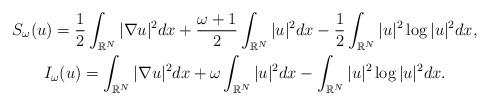
LaTeX: \begin{gather*} S_{\omega}(u)=\frac{1}{2}\int_{\mathbb{R}^N}|\nabla u|^2dx +\frac{\omega+1}{2}\int_{\mathbb{R}^N}|u|^2dx -\frac{1}{2}\int_{\mathbb{R}^N}|u|^2\log |u|^2dx,\\ I_{\omega}(u)=\int_{\mathbb{R}^N}|\nabla u|^2dx +\omega\int_{\mathbb{R}^N}|u|^2dx-\int_{\mathbb{R}^N}|u|^2\log |u|^2dx.\end{gather*}